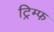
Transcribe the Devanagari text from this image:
ट्रिम्फ